Problem: 9 × 8 = ?
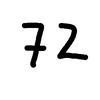
Handwritten answer: 72